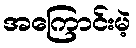
အကြောင်းမဲ့